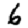
Digit: 6